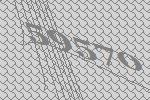
59570